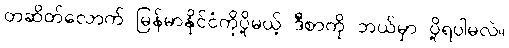
တဆိတ်လောက် မြန်မာနိုင်ငံကိုပို့မယ့် ဒီစာကို ဘယ်မှာ ပို့ရပါမလဲ။